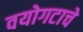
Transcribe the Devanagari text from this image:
वयोगटाचे